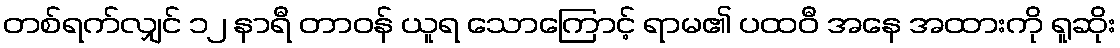
တစ်ရက်လျှင် ၁၂ နာရီ တာဝန် ယူရ သောကြောင့် ရာမ၏ ပထဝီ အနေ အထားကို ရူဆိုး